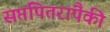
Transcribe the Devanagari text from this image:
सप्तपितरांपैकी